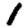
Digit: 1